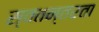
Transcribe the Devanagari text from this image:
स्वतन्तरता